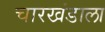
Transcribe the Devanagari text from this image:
चारखंडाला